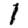
Digit: 1